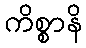
ကိစ္စာနိ